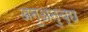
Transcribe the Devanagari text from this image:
अनुअनुच्छ